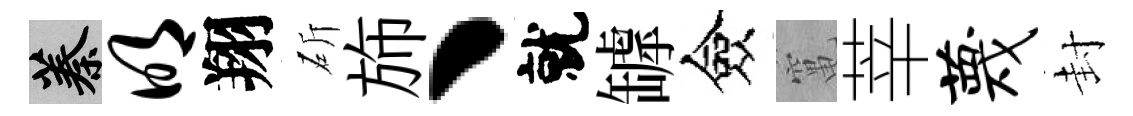
蓁明翔斫斾丶就罅僉𥧄莘蔑封